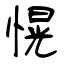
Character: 愰